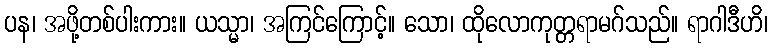
ပန၊ အဖို့တစ်ပါးကား။ ယသ္မာ၊ အကြင်ကြောင့်။ သော၊ ထိုလောကုတ္တရာမဂ်သည်။ ရာဂါဒီဟိ၊